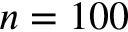
n = 1 0 0